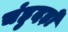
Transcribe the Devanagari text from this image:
चंहुदड़ों